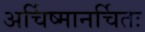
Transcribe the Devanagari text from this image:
अर्चिष्मानर्चितः